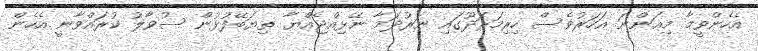
އެހެންވީމާ މިއަންނަ އަހަރުވެސް ހިރިމަރަދޫގައި ނަރުދަމާ ނޭޅިއްޖެއްޔާ ތިޔަބޭފުޅުން ސުވާލު ކުރައްވާނީ އެހެން